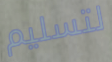
لتسليم